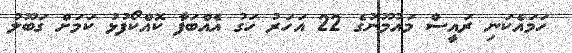
ހަމައެކަނި ރައީސް މައުމޫނުގެ 22 އަހަރު ހަގު އެއްބަފާ ކޮއްކޯފުޅު ކަމަށް ގަބޫލު